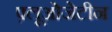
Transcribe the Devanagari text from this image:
फ़्लूओजेटीन